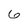
Character: 6